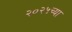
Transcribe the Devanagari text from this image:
२०२५च्या